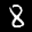
Label: 8